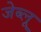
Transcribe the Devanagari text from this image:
जेब्‍लू